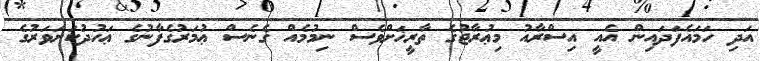
އަދި ހަމައެފަދައިން އެއީ އިސްރާއު މިޢުރާޖުގެ ތާރީޚަށްވެސް ނިމުމެއް ގެނެސް ޢުމަރުގެފާނުގެ ޢަހުދުކަށަވަރުގެ